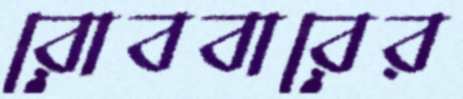
রোববারের